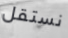
نستقل